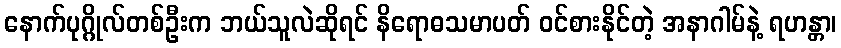
နောက်ပုဂ္ဂိုလ်တစ်ဦးက ဘယ်သူလဲဆိုရင် နိရောဓသမာပတ် ဝင်စားနိုင်တဲ့ အနာဂါမ်နဲ့ ရဟန္တာ၊